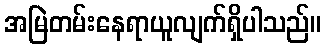
အမြဲတမ်းနေရာယူလျက်ရှိပါသည်။